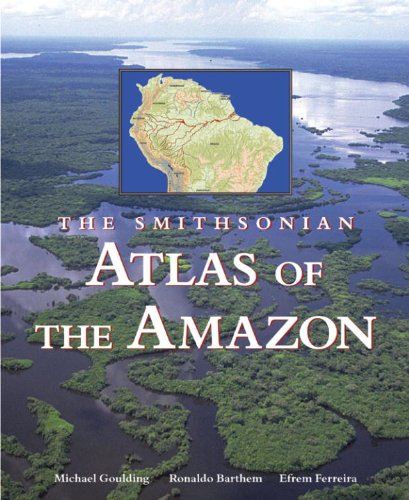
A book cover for Smithsonian Atlas of the Amazon; Michael Goulding; Science & Math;